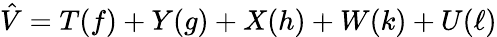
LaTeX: \hat{V}=T(f)+Y(g)+X(h)+W(k)+U(\ell)